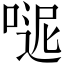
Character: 𠸽